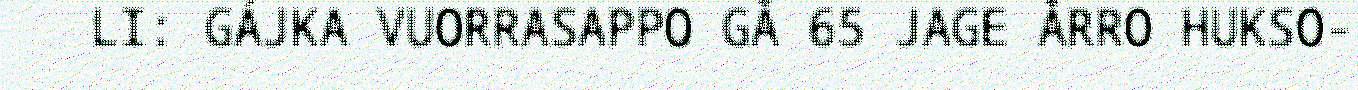
LI: GÁJKA VUORRASAPPO GÅ 65 JAGE ÅRRO HUKSO-